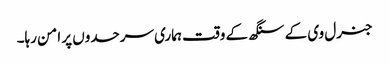
جنرل وی کے سنگھ کے وقت ہماری سرحدوں پر امن رہا۔